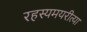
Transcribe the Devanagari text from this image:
रहस्यमयरीत्या